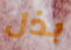
بذل